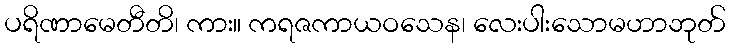
ပရိဏာမေတီတိ၊ ကား။ ကရဇကာယဝသေန၊ လေးပါးသောမဟာဘုတ်